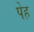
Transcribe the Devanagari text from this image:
पेह